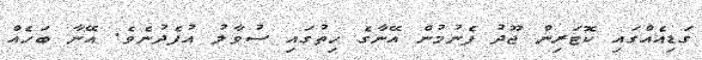
ގަޑިއެއްގައި ކޮޓަރިން ޖޫދު ފެނުމުން އޭނާގެ ހިތުގައި ސުވާލު އުފެދުނެވެ. އޭނާ ބަހެއް